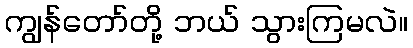
ကျွန်တော်တို့ ဘယ် သွားကြမလဲ။